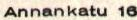
Annankatu 16